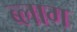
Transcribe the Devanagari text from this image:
ब्‍लाग